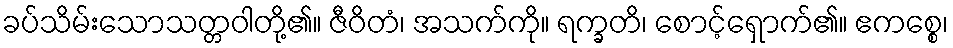
ခပ်သိမ်းသောသတ္တဝါတို့၏။ ဇီဝိတံ၊ အသက်ကို။ ရက္ခတိ၊ စောင့်ရှောက်၏။ ဧကစ္စေ၊